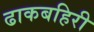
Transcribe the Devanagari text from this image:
ढाकबहिरी